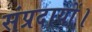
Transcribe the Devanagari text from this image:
संप्रदायों।